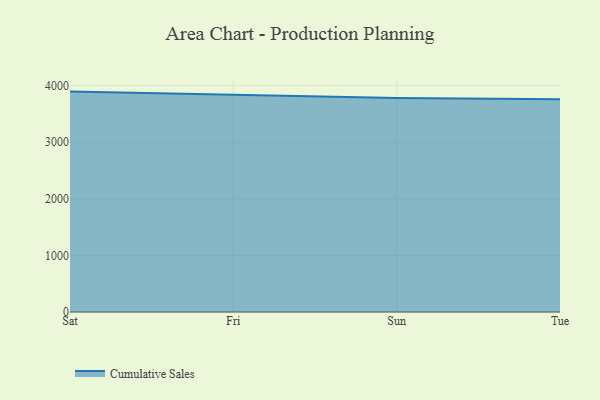
{"axis": {"x": "Day", "y": "Population (Million)"}, "legend": ["Cumulative Sales"], "data": [{"x": "Sat", "y": 3893.1, "type": "Cumulative Sales"}, {"x": "Fri", "y": 3833.8, "type": "Cumulative Sales"}, {"x": "Sun", "y": 3781.8, "type": "Cumulative Sales"}, {"x": "Tue", "y": 3759.0, "type": "Cumulative Sales"}]}